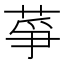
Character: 𦱊